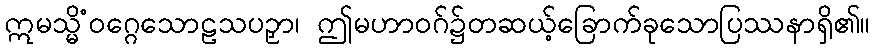
ဣမသ္မိံဝဂ္ဂေသောဠသပဉှာ၊ ဤမဟာဝဂ်၌တဆယ့်ခြောက်ခုသောပြဿနာရှိ၏။